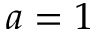
a = 1